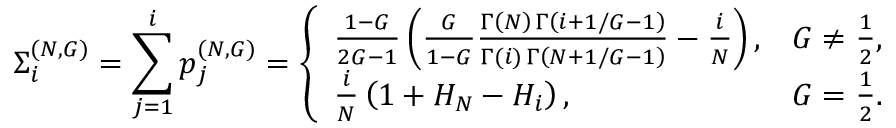
\Sigma _ { i } ^ { ( N , G ) } = \sum _ { j = 1 } ^ { i } p _ { j } ^ { ( N , G ) } = \left\{ \begin{array} { l l } { \frac { 1 - G } { 2 G - 1 } \left( \frac { G } { 1 - G } \frac { \Gamma \left( N \right) \, \Gamma \left( i + 1 / G - 1 \right) } { \Gamma ( i ) \, \Gamma \left( N + 1 / G - 1 \right) } - \frac { i } { N } \right) , } & { G \neq \frac { 1 } { 2 } , } \\ { \frac { i } { N } \left( 1 + H _ { N } - H _ { i } \right) , } & { G = \frac { 1 } { 2 } . } \end{array} \right.